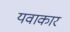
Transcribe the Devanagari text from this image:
यवाकार